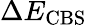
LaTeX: \Delta E_{\mathrm{CBS}}